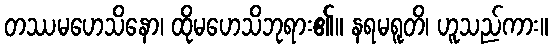
တဿမဟေသိနော၊ ထိုမဟေသိဘုရား၏။ နရမရူတိ၊ ဟူသည်ကား။